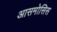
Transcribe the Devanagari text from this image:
आसमोसिस